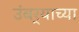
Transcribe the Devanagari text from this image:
उंबर्‍याच्या